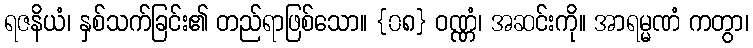
ရဇနိယံ၊ နှစ်သက်ခြင်း၏ တည်ရာဖြစ်သော။ {၀၈} ဝဏ္ဏံ၊ အဆင်းကို။ အာရမ္မဏံ ကတွာ၊